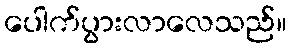
ပေါက်ပွားလာလေသည်။